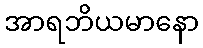
အာရဘိယမာနော